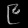
Digit: ၉